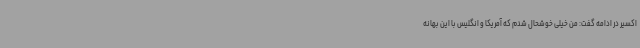
اکسیر در ادامه گفت: من خیلی خوشحال شدم که آمریکا و انگلیس با این بهانه